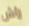
راش